system: You are a helpful assistant.
user:
Analyze the provided spectrum to determine if it is a **"Cataclysmic Variables (CV)"**.

- **Key Indicators for CV (Check for either state):**
    - **State 1: Quiescent / Low-State (Emission-Dominated)**
        - **(Primary):** Strong and *very broad* Hydrogen Balmer emission lines (e.g., $H\alpha$ at 6563 Å, $H\beta$ at 4861 Å). The 'broadness' (high velocity dispersion, often FWHM > 1000 km/s) is the key diagnostic, indicating a high-velocity accretion disk.
        - **(Secondary):** Broad neutral Helium (He I) emission lines (e.g., 5876 Å, 6678 Å).
        - **(Key Confirmation):** Presence of high-excitation *ionized* Helium (He II) emission at 4686 Å. This is a strong indicator of accretion onto a white dwarf.
        - **(Line Profile):** Emission lines may exhibit a 'double-peaked' profile, which is a classic signature of a rotating accretion disk viewed at high inclination.

    - **State 2: Outburst / High-State (Absorption-Dominated)**
        - **(Primary):** Spectrum is dominated by a bright, blue continuum (looks like a hot star).
        - **(Secondary):** The emission lines from State 1 are weak, absent, or 'filled in', and are replaced by broad, shallow *absorption* lines (primarily Balmer and He I).
        - **(Morphology):** The overall spectrum mimics a hot B/A-type star. The crucial difference is that the absorption lines are significantly broader, shallower, and more 'washed-out' (or 'smeared') than the sharp lines of a normal stellar photosphere, due to high rotational speeds and pressure broadening in the disk.

Think first, call **spectral_visualization_tool** if needed to examine features in detail, then provide your final answer. Your response must adhere to the following strict rules:
1.  **Overall Structure:** Your response must follow the format `<think>...</think> <tool_call>...</tool_call> (if a tool is used) <answer>...</answer>`.
2.  **Tool Usage Constraint:** You may only make **one** tool call per turn.
3.  **Final Answer Format:** In the `<answer>` tag, your conclusion must be inside a `\boxed{}` command (e.g., `\boxed{YES}`), followed by your justification.

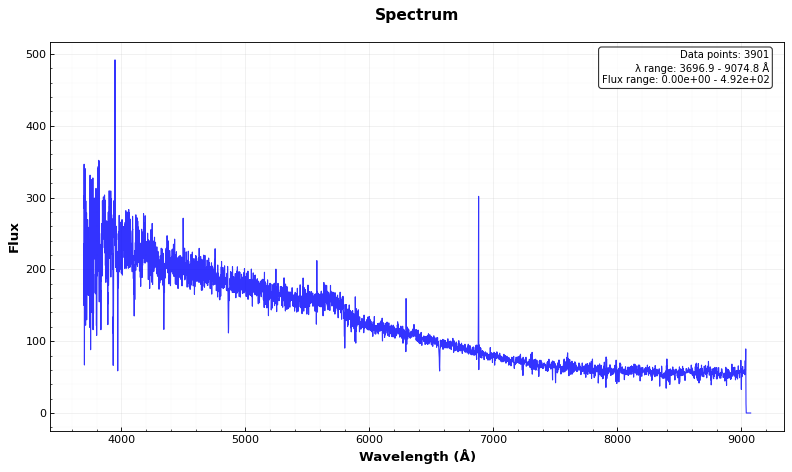
Answer: NO